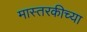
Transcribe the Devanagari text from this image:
मास्तरकीच्या